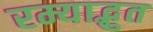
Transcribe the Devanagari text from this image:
रम्याद्भुत